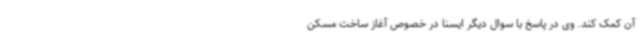
آن کمک کند. وی در پاسخ با سوال دیگر ایسنا در خصوص آغاز ساخت مسکن